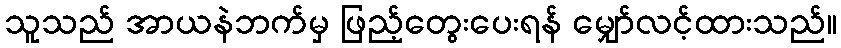
သူသည် အာယနဲဘက်မှ ဖြည့်တွေးပေးရန် မျှော်လင့်ထားသည်။